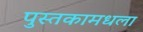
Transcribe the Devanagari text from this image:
पुस्तकामधला